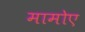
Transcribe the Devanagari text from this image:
मामोए